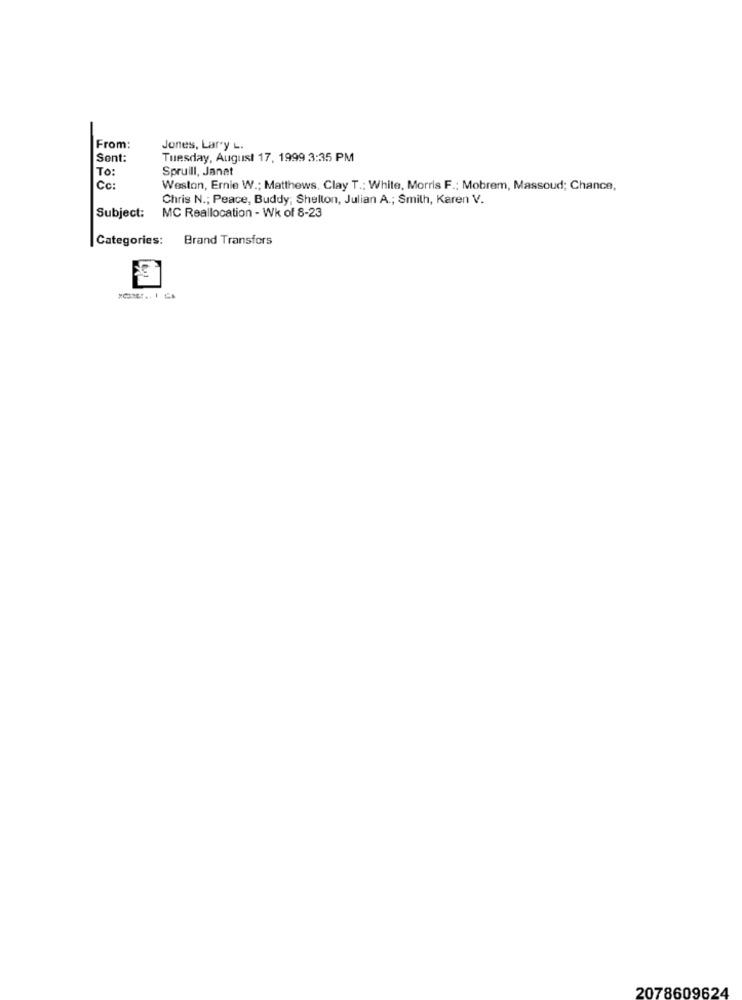
From:
Jones, Lary L.
Sont:
Tuesday, August 17, 1999 3:35 PM
To:
Spruill, Janat
Cc:
Weston, Ernie W .; Matthews, Clay T .: White, Morris F .; Mobrem, Massoud; Chance,
Chris N .; Peace, Buddy; Shelton, Julian A .; Smith, Karen V.
Subject:
MC Reallocation - Wk of 8-23
Categories:
Brand Transfers
2078609624